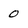
Character: 0